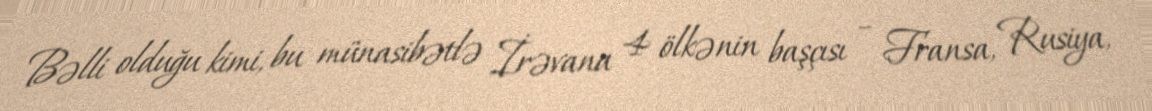
Bəlli olduğu kimi, bu münasibətlə İrəvana 4 ölkənin başçısı – Fransa, Rusiya,